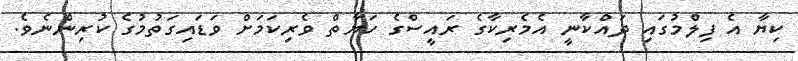
ކިޔާ އެ ފިލްމުގައި ދައްކާނީ އެމެރިކާގެ ރައީސްގެ ހަޔާތް ވެރިކަމަށް ވަޑައިގަތުމުގެ ކުރިންނެވެ.